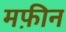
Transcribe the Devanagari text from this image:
मफ़ीन